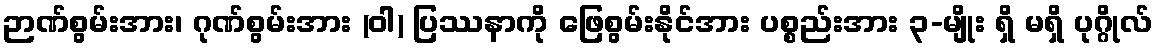
ဉာဏ်စွမ်းအား၊ ဂုဏ်စွမ်းအား (ဝါ) ပြဿနာကို ဖြေစွမ်းနိုင်အား ပစ္စည်းအား ၃-မျိုး ရှိ မရှိ ပုဂ္ဂိုလ်